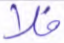
فلا